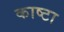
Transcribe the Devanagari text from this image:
काष्टा